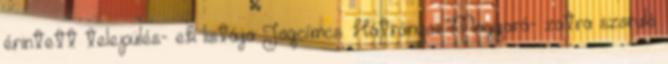
érintett település- ek listája Jogcímcs. Hátrányos Magyará- zatra szoruló